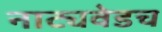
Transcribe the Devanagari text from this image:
नाट्यवेडच